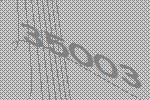
35003